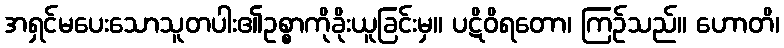
အရှင်မပေးသောသူတပါး၏ဥစ္စာကိုခိုးယူခြင်းမှ။ ပဋိဝိရတော၊ ကြဉ်သည်။ ဟောတိ၊